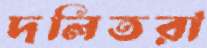
দলিতরা